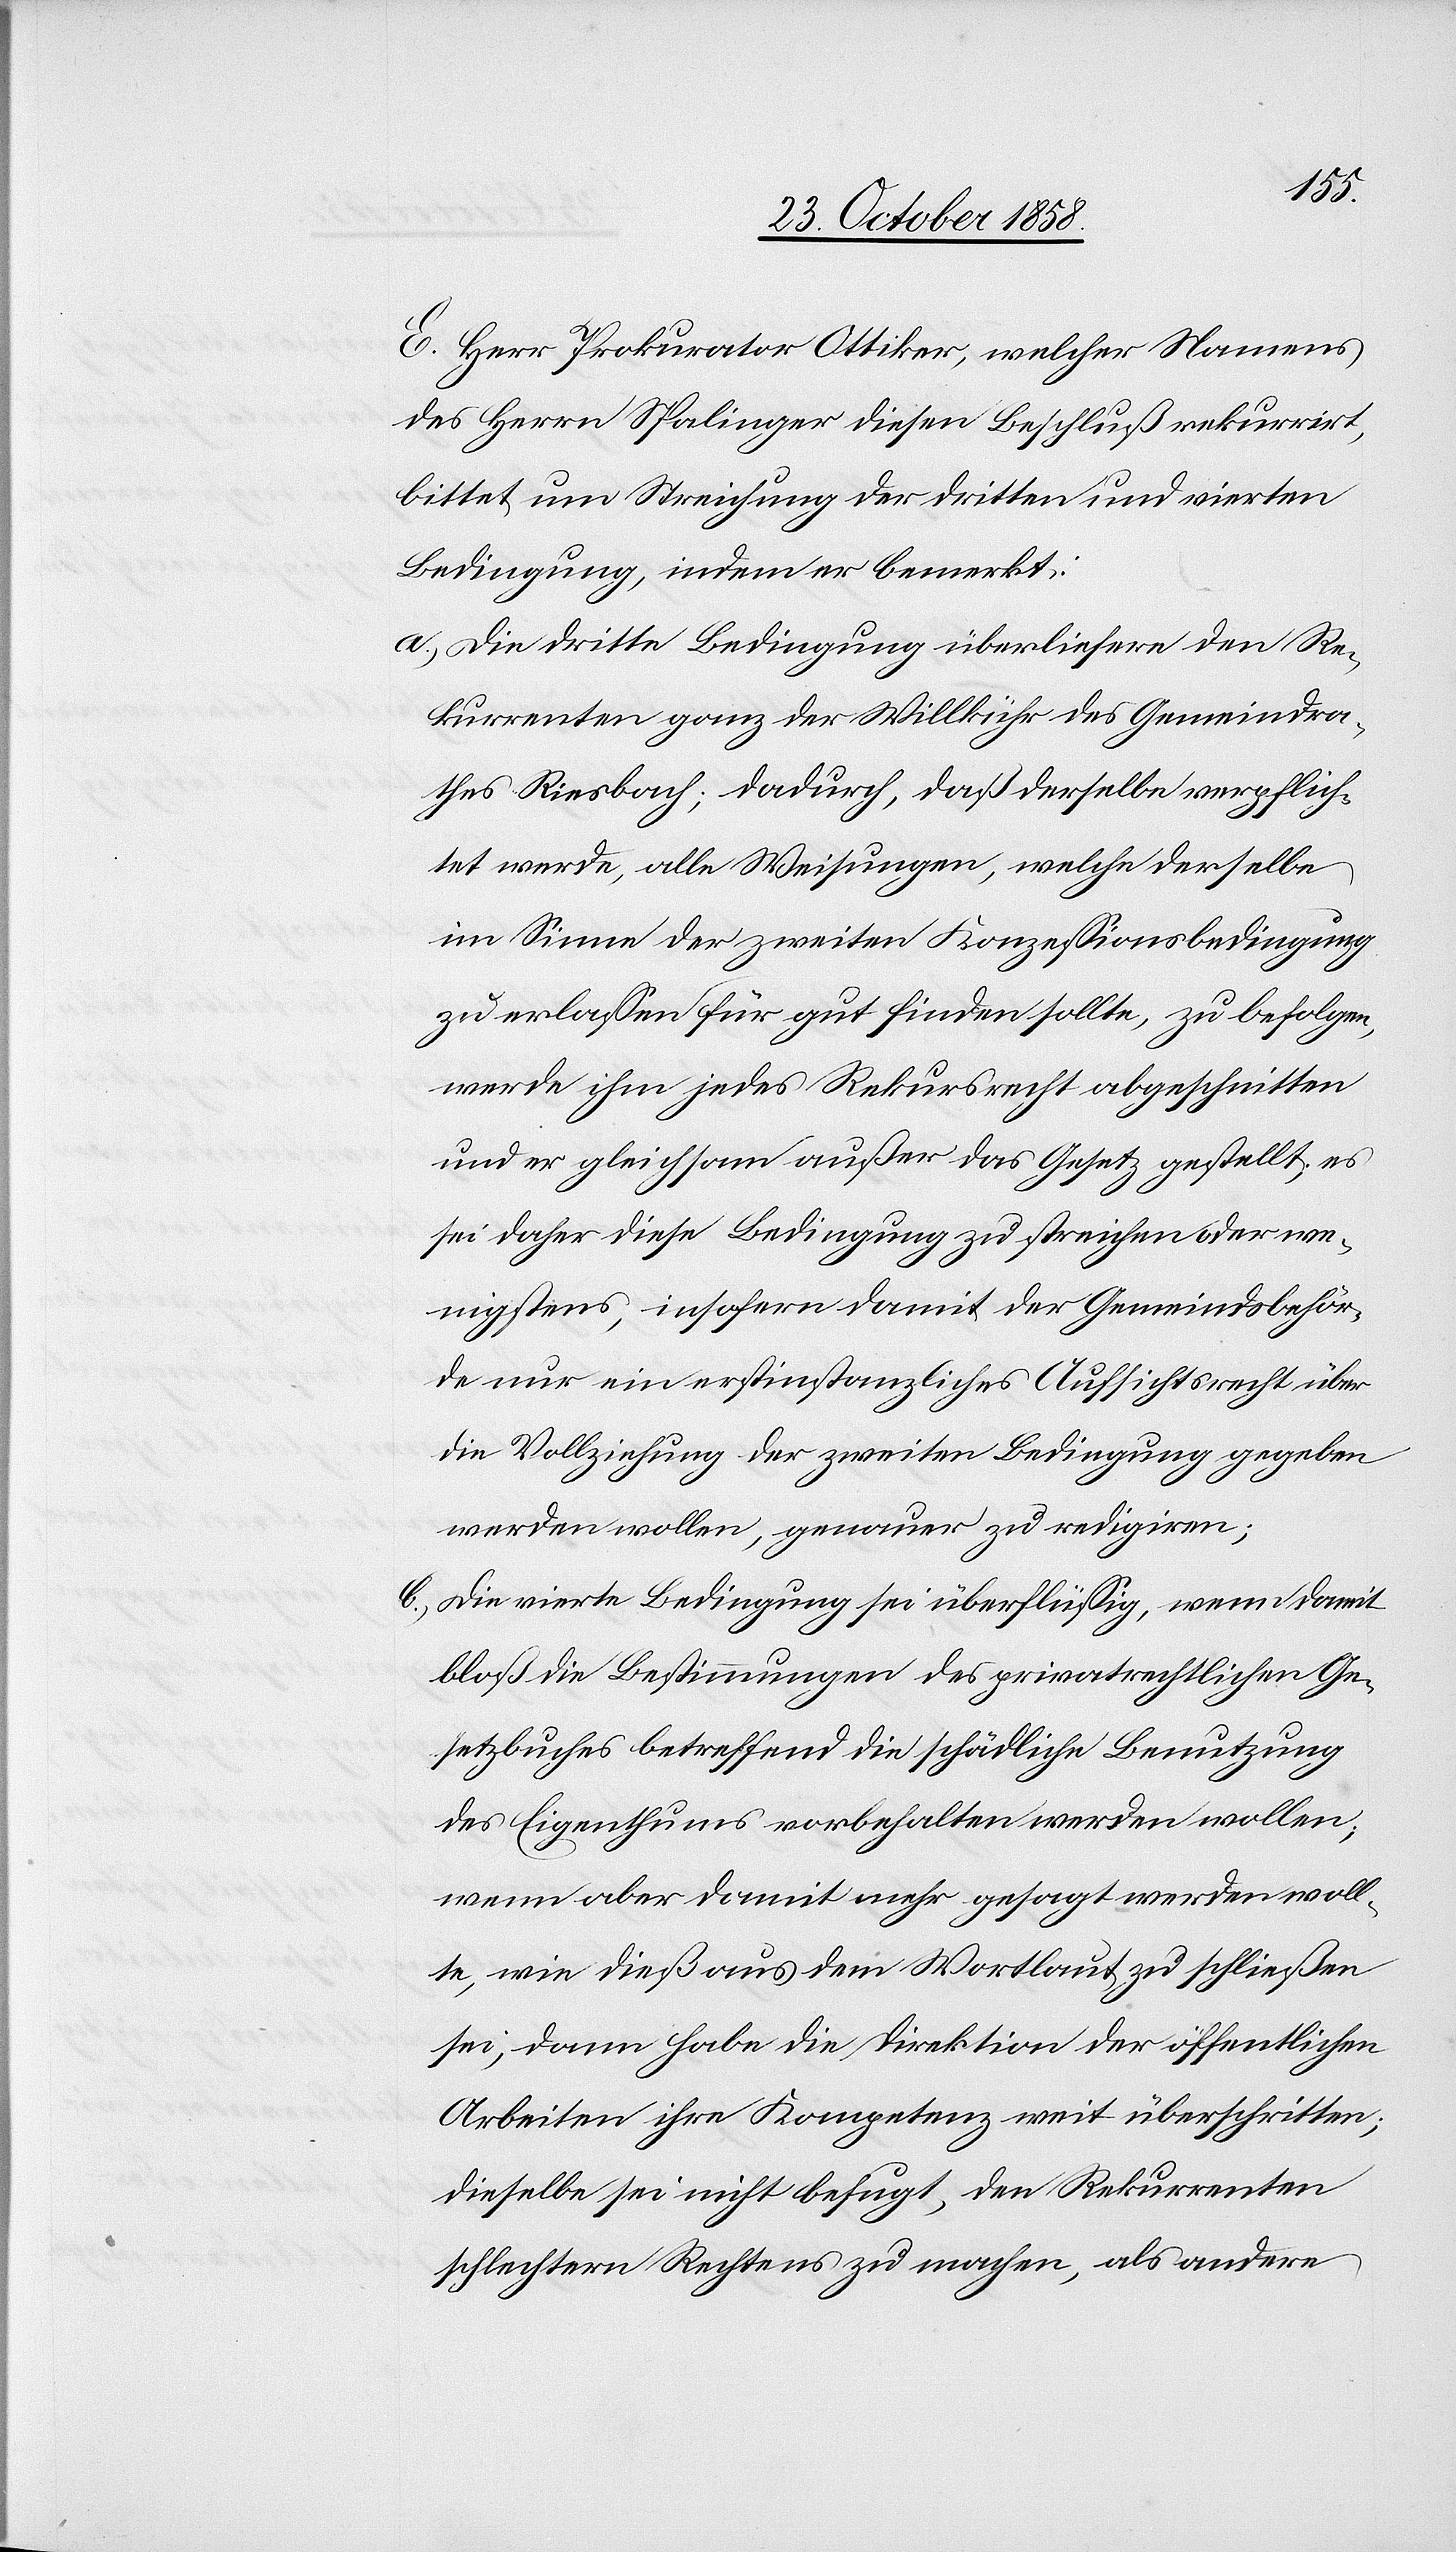
E. Herr Prokurator Ottiker, welcher Namens
des Herrn Spalinger diesen Beschluß rekurrirt,
bittet um Streichung der dritten und vierten
Bedingung, indem er bemerkt:
Die dritte Bedingung überliefere den Re¬
kurrenten ganz der Willkühr des Gemeindra¬
thes Riesbach; dadurch, daß derselbe verpflich¬
tet werde, alle Weisungen, welche derselbe
im Sinne der zweiten Konzessionsbedingung
zu erlassen für gut finden sollte, zu befolgen,
werde ihm jedes Rekursrecht abgeschnitten
und er gleichsam außer das Gesetz gestellt; es
sei daher diese Bedingung zu streichen oder we¬
nigstens, insofern damit der Gemeindsbehör¬
de nur ein erstinstanzliches Aufsichtsrecht über
die Vollziehung der zweiten Bedingung gegeben
werden wollen [sic!], genauer zu redigiren;
Die vierte Bedingung sei überflüssig, wenn damit
bloß die Bestimmungen des privatrechtlichen Ge¬
setzbuches betreffend die schädliche Benutzung
des Eigenthums vorbehalten werden wollen;
wenn aber damit mehr gesagt werden woll¬
te, wie dieß aus dem Wortlaut zu schließen
sei, dann habe die Direktion der öffentlichen
Arbeiten ihre Kompetenz weit überschritten;
dieselbe sei nicht befugt, den Rekurrenten
schlechtern Rechtens zu machen, als andere